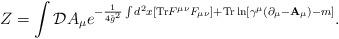
LaTeX: \begin{align*}Z= \int {\cal D} A_\mu e^{ -{1\over 4 {\tilde g}^2}\int d^2 x [{\rm Tr} F^{\mu \nu} F_{\mu \nu} ] + {\rm Tr} \ln[\gamma^\mu ( \partial_\mu - {\bf A}_\mu)-m ]}.\end{align*}